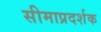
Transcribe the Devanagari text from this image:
सीमाप्रदर्शक